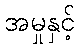
အမှုနှင့်